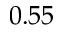
0 . 5 5